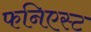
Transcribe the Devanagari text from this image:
फनिएस्ट